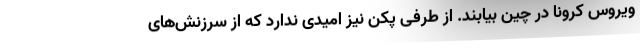
ویروس کرونا در چین بیابند. از طرفی پکن نیز امیدی ندارد که از سرزنش‌های